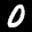
Label: 0